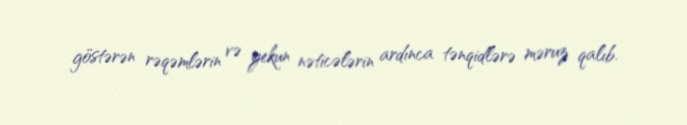
göstərən rəqəmlərin və yekun nəticələrin ardınca tənqidlərə məruz qalıb.